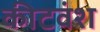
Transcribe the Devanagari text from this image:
कीटवंश